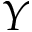
Y